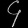
Digit: ၄